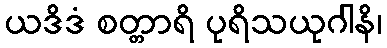
ယဒိဒံ စတ္တာရိ ပုရိသယုဂါနိ၊